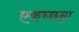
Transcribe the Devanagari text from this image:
एकच्छन्ना